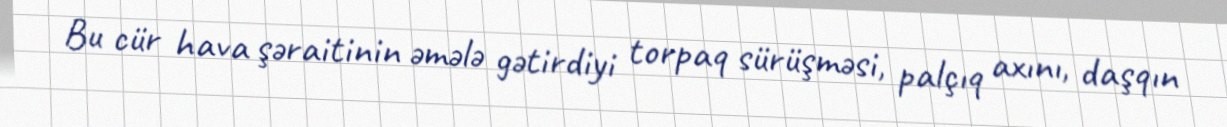
Bu cür hava şəraitinin əmələ gətirdiyi torpaq sürüşməsi, palçıq axını, daşqın